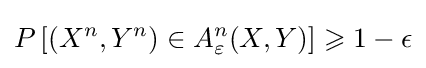
P\left[(X^{n},Y^{n})\in A_{\varepsilon }^{n}(X,Y)\right]\geqslant 1-\epsilon